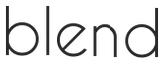
blend